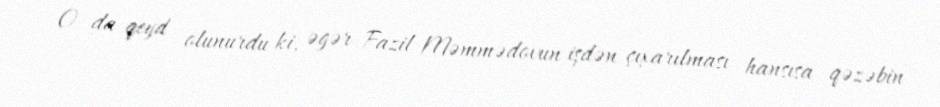
O da qeyd olunurdu ki, əgər Fazil Məmmədovun işdən çıxarılması hansısa qəzəbin